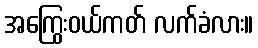
အကြွေးဝယ်ကတ် လက်ခံလား။